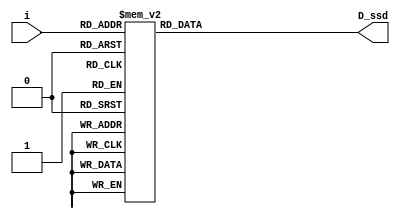
// define segment codes
`define SS_0 8'b00000011
`define SS_1 8'b10011111
`define SS_2 8'b00100101
`define SS_3 8'b00001101
`define SS_4 8'b10011001
`define SS_5 8'b01001001
`define SS_6 8'b11000001
`define SS_7 8'b00011011
`define SS_8 8'b00000001
`define SS_9 8'b00011001
`define SS_F 8'b01110001
module display(
    input [3:0]i,
    output reg [7:0]D_ssd
    );
    always @* 
      begin
        
        case(i)
            4'd0: D_ssd = `SS_0;
            4'd1: D_ssd = `SS_1;
            4'd2: D_ssd = `SS_2;
            4'd3: D_ssd = `SS_3;
            4'd4: D_ssd = `SS_4;
            4'd5: D_ssd = `SS_5;
            4'd6: D_ssd = `SS_6;
            4'd7: D_ssd = `SS_7;
            4'd8: D_ssd = `SS_8;
            4'd9: D_ssd = `SS_9;
            default: D_ssd = `SS_F;
      
        endcase
      end
        
endmodule